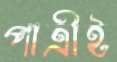
পাত্রীই